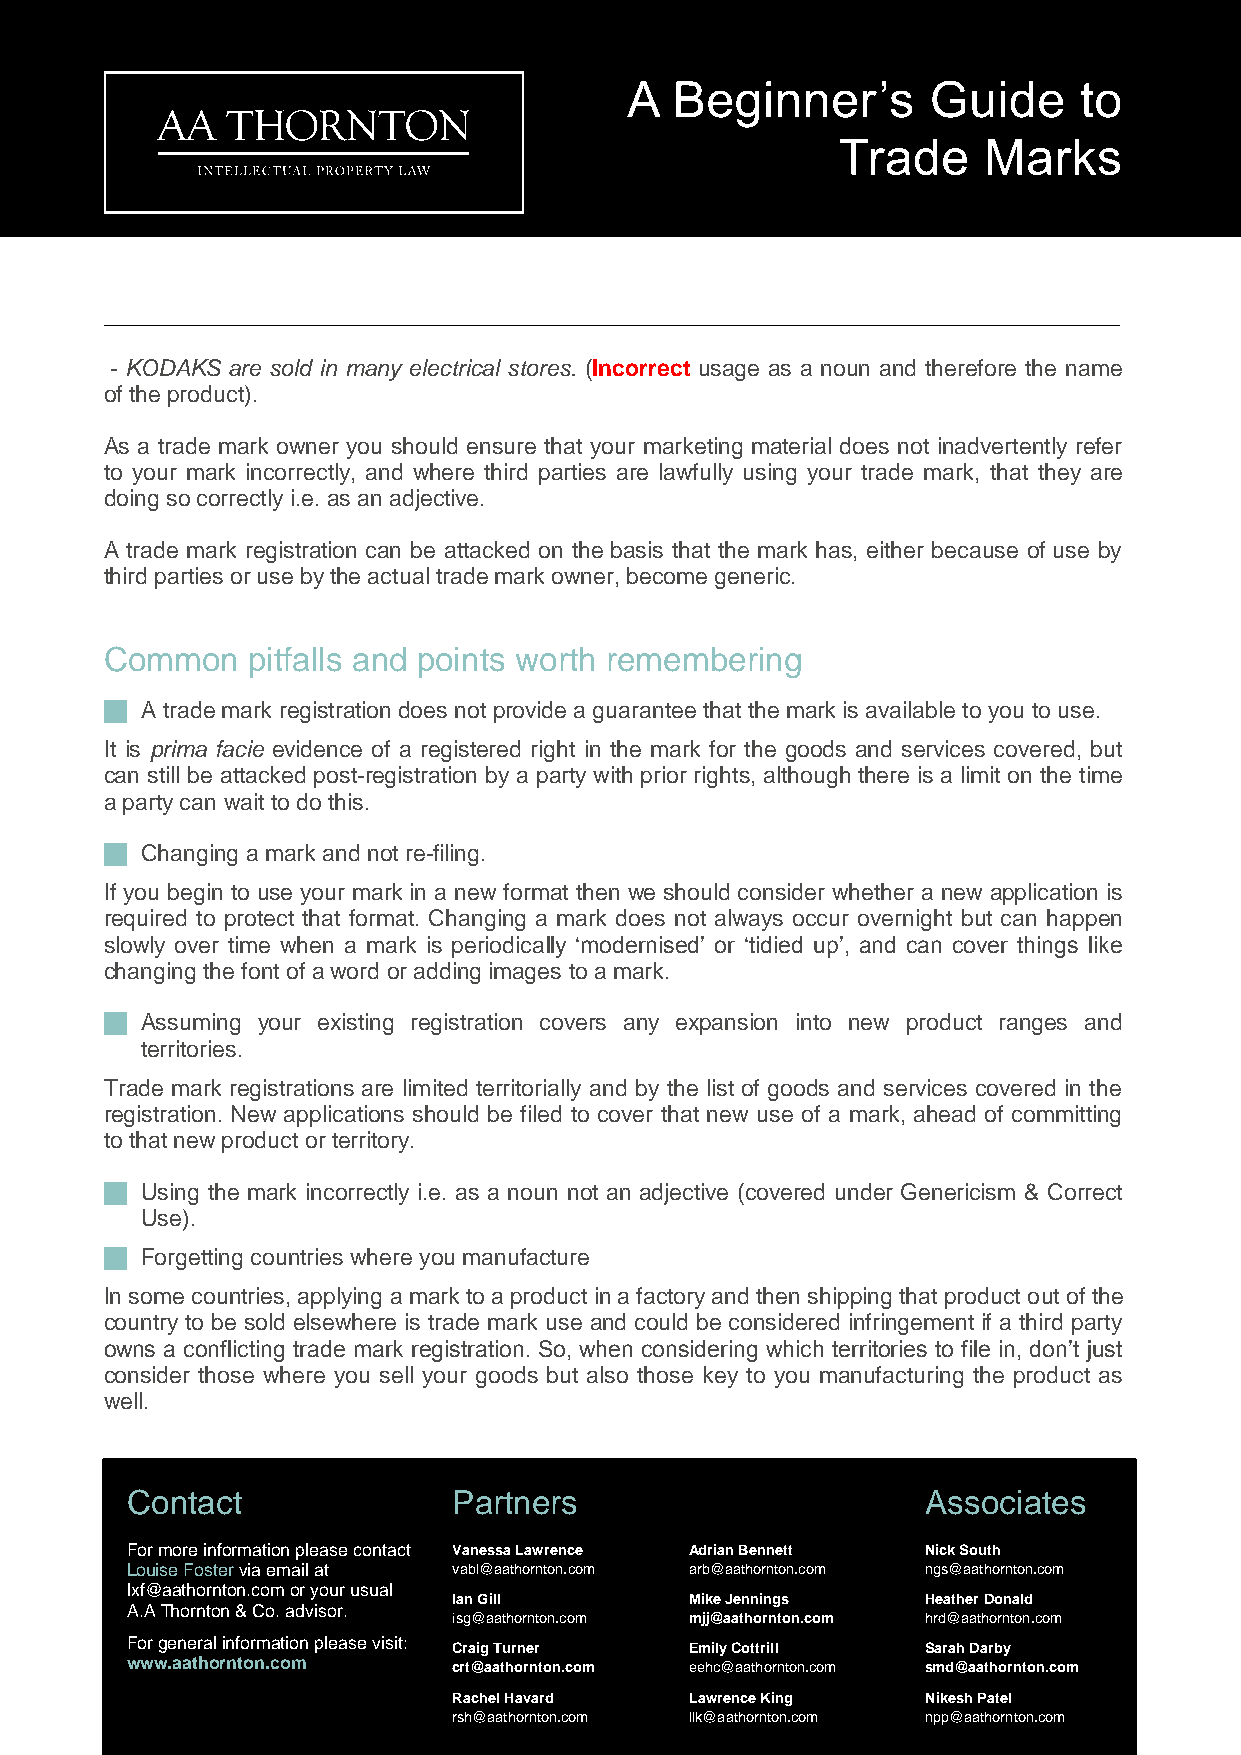
A  Beginner’s       Guide    to
 Trade     Marks
 - KODAKS are sold in many electrical stores. (Incorrect usage as a noun and therefore the name
 of the product).
 As a trade mark owner you should ensure that your marketing material does not inadvertently refer
 to your mark incorrectly, and where third parties are lawfully using your trade mark, that they are
 doing so correctly i.e. as an adjective.
 A trade mark registration can be attacked on the basis that the mark has, either because of use by
 third parties or use by the actual trade mark owner, become generic.
 Common   pitfalls and points worth remembering
  A trade mark registration does not provide a guarantee that the mark is available to you to use.
 It is prima facie evidence of a registered right in the mark for the goods and services covered, but
 can still be attacked post-registration by a party with prior rights, although there is a limit on the time
 a party can wait to do this.
  Changing a mark and not re-filing.
 If you begin to use your mark in a new format then we should consider whether a new application is
 required to protect that format. Changing a mark does not always occur overnight but can happen
 slowly over time when a mark is periodically ‘modernised’ or ‘tidied up’, and can cover things like
 changing the font of a word or adding images to a mark.
  Assuming your existing registration covers any expansion into new product ranges and
 territories.
 Trade mark registrations are limited territorially and by the list of goods and services covered in the
 registration. New applications should be filed to cover that new use of a mark, ahead of committing
 to that new product or territory.
  Using the mark incorrectly i.e. as a noun not an adjective (covered under Genericism & Correct
 Use).
  Forgetting countries where you manufacture
 In some countries, applying a mark to a product in a factory and then shipping that product out of the
 country to be sold elsewhere is trade mark use and could be considered infringement if a third party
 owns a conflicting trade mark registration. So, when considering which territories to file in, don’t just
 consider those where you sell your goods but also those key to you manufacturing the product as
 well.
 Contact               Partners                       Associates
 For more information please contact Vanessa Lawrence Adrian Bennett Nick South
 Louise Foster via email at vabl@aathornton.com arb@aathornton.com ngs@aathornton.com
 lxf@aathornton.com or your usual
 Ian Gill        Mike Jennings  Heather Donald
 A.A Thornton & Co. advisor.
 isg@aathornton.com mjj@aathornton.com hrd@aathornton.com
 For general information please visit:
 Craig Turner    Emily Cottrill Sarah Darby
 www.aathornton.com    crt@aathornton.com eehc@aathornton.com smd@aathornton.com
 Rachel Havard   Lawrence King  Nikesh Patel
 aathornton.com        r s h @ a a t h o r n t o n .c o m l lk @ a a th o r n t o n . c o m n p p @ a a t h o r n t o n . c o m 4